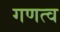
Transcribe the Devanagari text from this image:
गणत्व